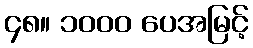
၄၈။ ၁၀၀၀ ပေအမြင့်